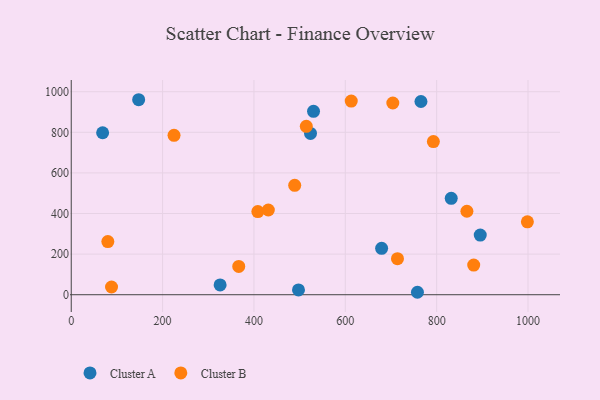
{"axis": {"x": "Engine Size", "y": "Profit"}, "legend": ["Cluster A", "Cluster B"], "data": [{"x": "497.5", "y": 23.9, "type": "Cluster A"}, {"x": "679.5", "y": 228.5, "type": "Cluster A"}, {"x": "831.9", "y": 475.0, "type": "Cluster A"}, {"x": "895.4", "y": 293.7, "type": "Cluster A"}, {"x": "325.9", "y": 48.4, "type": "Cluster A"}, {"x": "523.8", "y": 794.6, "type": "Cluster A"}, {"x": "530.4", "y": 903.4, "type": "Cluster A"}, {"x": "147.6", "y": 960.5, "type": "Cluster A"}, {"x": "68.7", "y": 797.8, "type": "Cluster A"}, {"x": "757.9", "y": 12.1, "type": "Cluster A"}, {"x": "765.6", "y": 951.8, "type": "Cluster A"}, {"x": "489.2", "y": 538.7, "type": "Cluster B"}, {"x": "408.5", "y": 409.4, "type": "Cluster B"}, {"x": "80.1", "y": 261.8, "type": "Cluster B"}, {"x": "431.5", "y": 417.4, "type": "Cluster B"}, {"x": "704.0", "y": 944.4, "type": "Cluster B"}, {"x": "514.6", "y": 829.5, "type": "Cluster B"}, {"x": "998.6", "y": 359.2, "type": "Cluster B"}, {"x": "792.8", "y": 754.6, "type": "Cluster B"}, {"x": "88.2", "y": 38.2, "type": "Cluster B"}, {"x": "613.0", "y": 953.9, "type": "Cluster B"}, {"x": "714.2", "y": 177.6, "type": "Cluster B"}, {"x": "366.7", "y": 139.6, "type": "Cluster B"}, {"x": "866.2", "y": 411.3, "type": "Cluster B"}, {"x": "881.1", "y": 146.2, "type": "Cluster B"}, {"x": "225.0", "y": 785.0, "type": "Cluster B"}]}